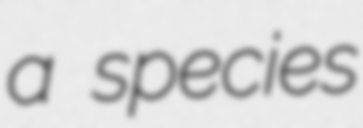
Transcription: a species